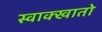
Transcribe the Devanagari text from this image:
स्वाक्खातो